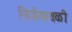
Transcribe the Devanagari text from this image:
निर्जनस्थळी